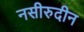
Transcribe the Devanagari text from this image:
नसीरुदीन